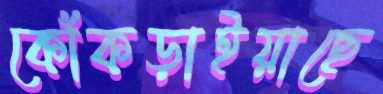
কোঁকড়াইয়াছে